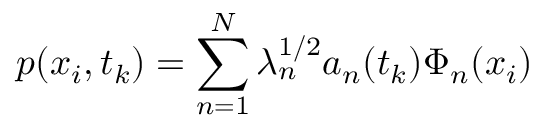
p ( x _ { i } , t _ { k } ) = \sum _ { n = 1 } ^ { N } \lambda _ { n } ^ { 1 / 2 } a _ { n } ( t _ { k } ) \Phi _ { n } ( x _ { i } )